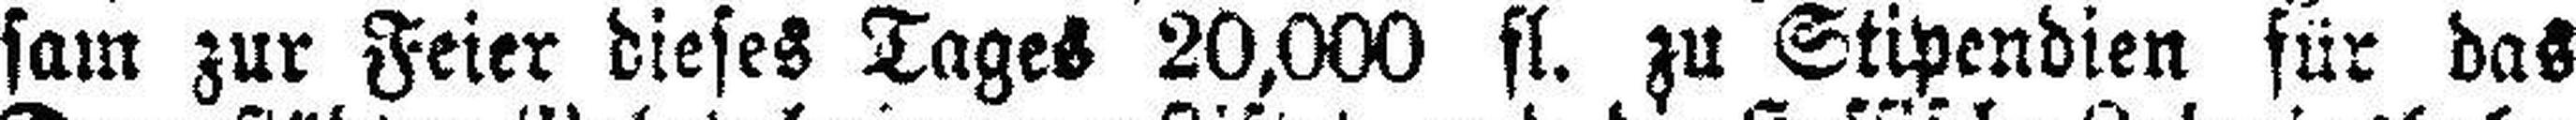
sam zur Feier dieses Tages 20,000 fl. zu Stipendien für das